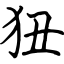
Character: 狃